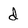
Character: d